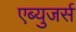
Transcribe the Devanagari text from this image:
एब्युजर्स